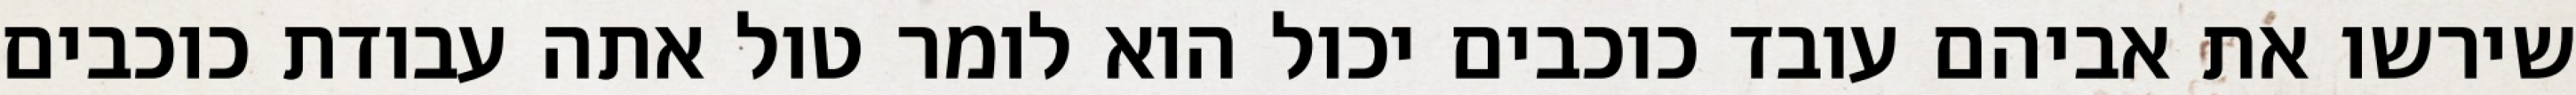
שירשו את אביהם עובד כוכבים יכול הוא לומר טול אתה עבודת כוכבים